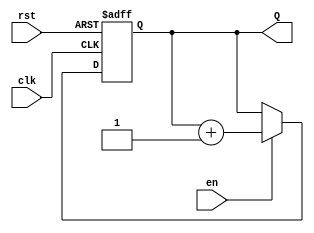
module binary_up_counter #(
    parameter N = 4 // Parameter to specify the number of bits
)(
    input wire clk,       // Clock signal
    input wire rst,       // Asynchronous reset
    input wire en,        // Enable signal
    output reg [N-1:0] Q  // n-bit output count
);

// Asynchronous reset and counting operation
always @(posedge clk or posedge rst) begin
    if (rst) begin
        Q <= 0; // Reset count to 0
    end else if (en) begin
        Q <= Q + 1; // Increment count
    end
end

endmodule